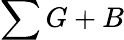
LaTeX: \sum G+B